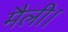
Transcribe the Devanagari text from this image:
मैली।